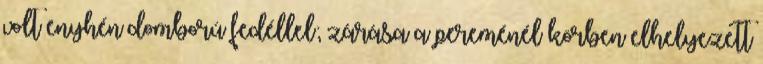
volt enyhén domború fedéllel; zárása a pereménél körben elhelyezett